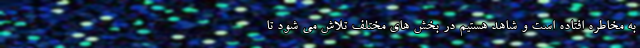
به مخاطره افتاده است و شاهد هستیم در بخش های مختلف تلاش می شود تا